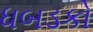
ધબડકો